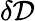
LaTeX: \delta\mathcal{D}